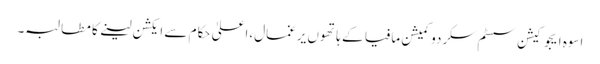
اسوہ ایجوکیشن سسٹم سکردو کمیشن مافیا کے ہاتھوں یرغمال،اعلیٰ حکام سے ایکشن لینے کا مطالبہ۔